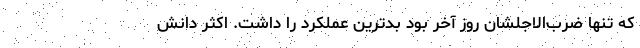
که تنها ضرب‌الاجلشان روز آخر بود بدترین عملکرد را داشت. اکثر دانش